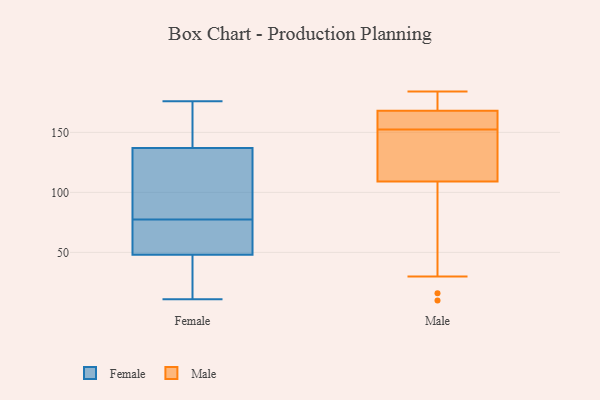
{"axis": {"x": "Net Income (USD K)", "y": "Value"}, "legend": ["Female", "Male"], "data": [{"x": "", "y": 48, "type": "Female"}, {"x": "", "y": 41, "type": "Female"}, {"x": "", "y": 92, "type": "Female"}, {"x": "", "y": 167, "type": "Female"}, {"x": "", "y": 152, "type": "Female"}, {"x": "", "y": 11, "type": "Female"}, {"x": "", "y": 108, "type": "Female"}, {"x": "", "y": 176, "type": "Female"}, {"x": "", "y": 122, "type": "Female"}, {"x": "", "y": 72, "type": "Female"}, {"x": "", "y": 65, "type": "Female"}, {"x": "", "y": 83, "type": "Female"}, {"x": "", "y": 163, "type": "Female"}, {"x": "", "y": 71, "type": "Female"}, {"x": "", "y": 48, "type": "Female"}, {"x": "", "y": 29, "type": "Female"}, {"x": "", "y": 16, "type": "Male"}, {"x": "", "y": 168, "type": "Male"}, {"x": "", "y": 164, "type": "Male"}, {"x": "", "y": 152, "type": "Male"}, {"x": "", "y": 181, "type": "Male"}, {"x": "", "y": 10, "type": "Male"}, {"x": "", "y": 65, "type": "Male"}, {"x": "", "y": 159, "type": "Male"}, {"x": "", "y": 88, "type": "Male"}, {"x": "", "y": 168, "type": "Male"}, {"x": "", "y": 130, "type": "Male"}, {"x": "", "y": 165, "type": "Male"}, {"x": "", "y": 134, "type": "Male"}, {"x": "", "y": 182, "type": "Male"}, {"x": "", "y": 184, "type": "Male"}, {"x": "", "y": 138, "type": "Male"}, {"x": "", "y": 30, "type": "Male"}, {"x": "", "y": 130, "type": "Male"}, {"x": "", "y": 153, "type": "Male"}, {"x": "", "y": 183, "type": "Male"}]}